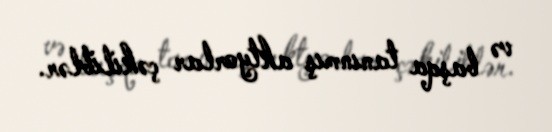
və başqa tanınmış aktyorlar çəkiliblər.